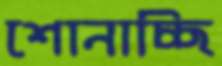
শোনাচ্ছি